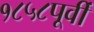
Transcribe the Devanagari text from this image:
१८५८पूर्वी